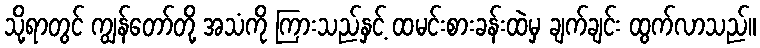
သို့ရာတွင် ကျွန်တော်တို့ အသံကို ကြားသည်နှင့် ထမင်းစားခန်းထဲမှ ချက်ချင်း ထွက်လာသည်။